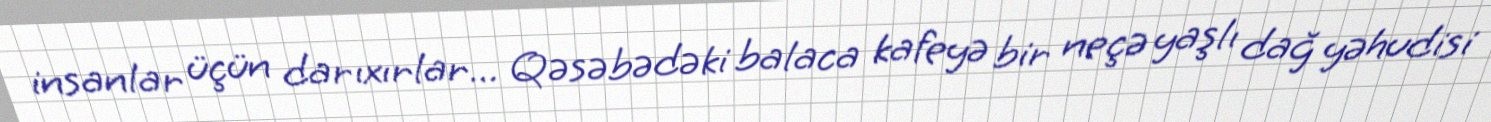
insanlar üçün darıxırlar... Qəsəbədəki balaca kafeyə bir neçə yaşlı dağ yəhudisi